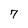
Character: 7